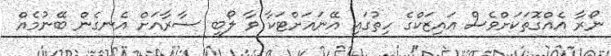
ނޯރާ އެއްގޮތަކަށްވެސް އައިޒަކްގެ ހިތުގައި އޭނައަށްޓަކާ ވާ ލޯބި ސާރާއަށް އެނގެން ބޭނުމެއް